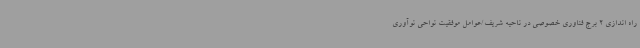
راه اندازی 2 برج فناوری خصوصی در ناحیه شریف/عوامل موفقیت نواحی نوآوری